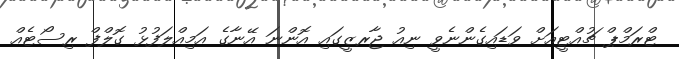
ޓްރަމްޕް ޗުއްޓީއަށް ވަޑައިގެންނެވީ ނިއު ޖާރޒީގައި އޮންނަ އޭނާގެ އަމިއްލަފުޅު ގޮލްފް ރިސޯޓެއް